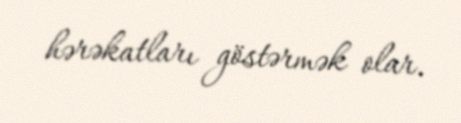
hərəkatları göstərmək olar.